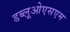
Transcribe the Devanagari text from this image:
डब्लूओएसएम